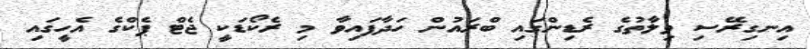
އިނގިރޭސި ވިލާތުގެ ރެޑިންގައި ބްރައުން ހަދާފައިވާ މި ރެކޯޑަކީ ޖެޓް ޕެކްގެ އެހީގައި